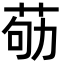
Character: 𦮿